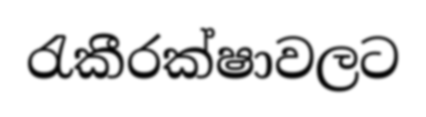
රැකීරක්ෂාවලට